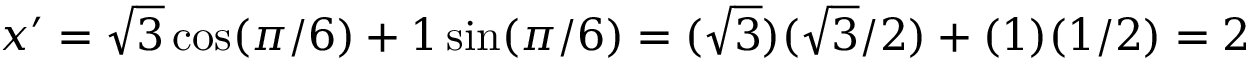
x ^ { \prime } = { \sqrt { 3 } } \cos ( \pi / 6 ) + 1 \sin ( \pi / 6 ) = ( { \sqrt { 3 } } ) ( { \sqrt { 3 } } / 2 ) + ( 1 ) ( 1 / 2 ) = 2